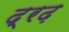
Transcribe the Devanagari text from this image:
द्रढ़